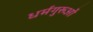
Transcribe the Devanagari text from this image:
धर्मगुरूओं